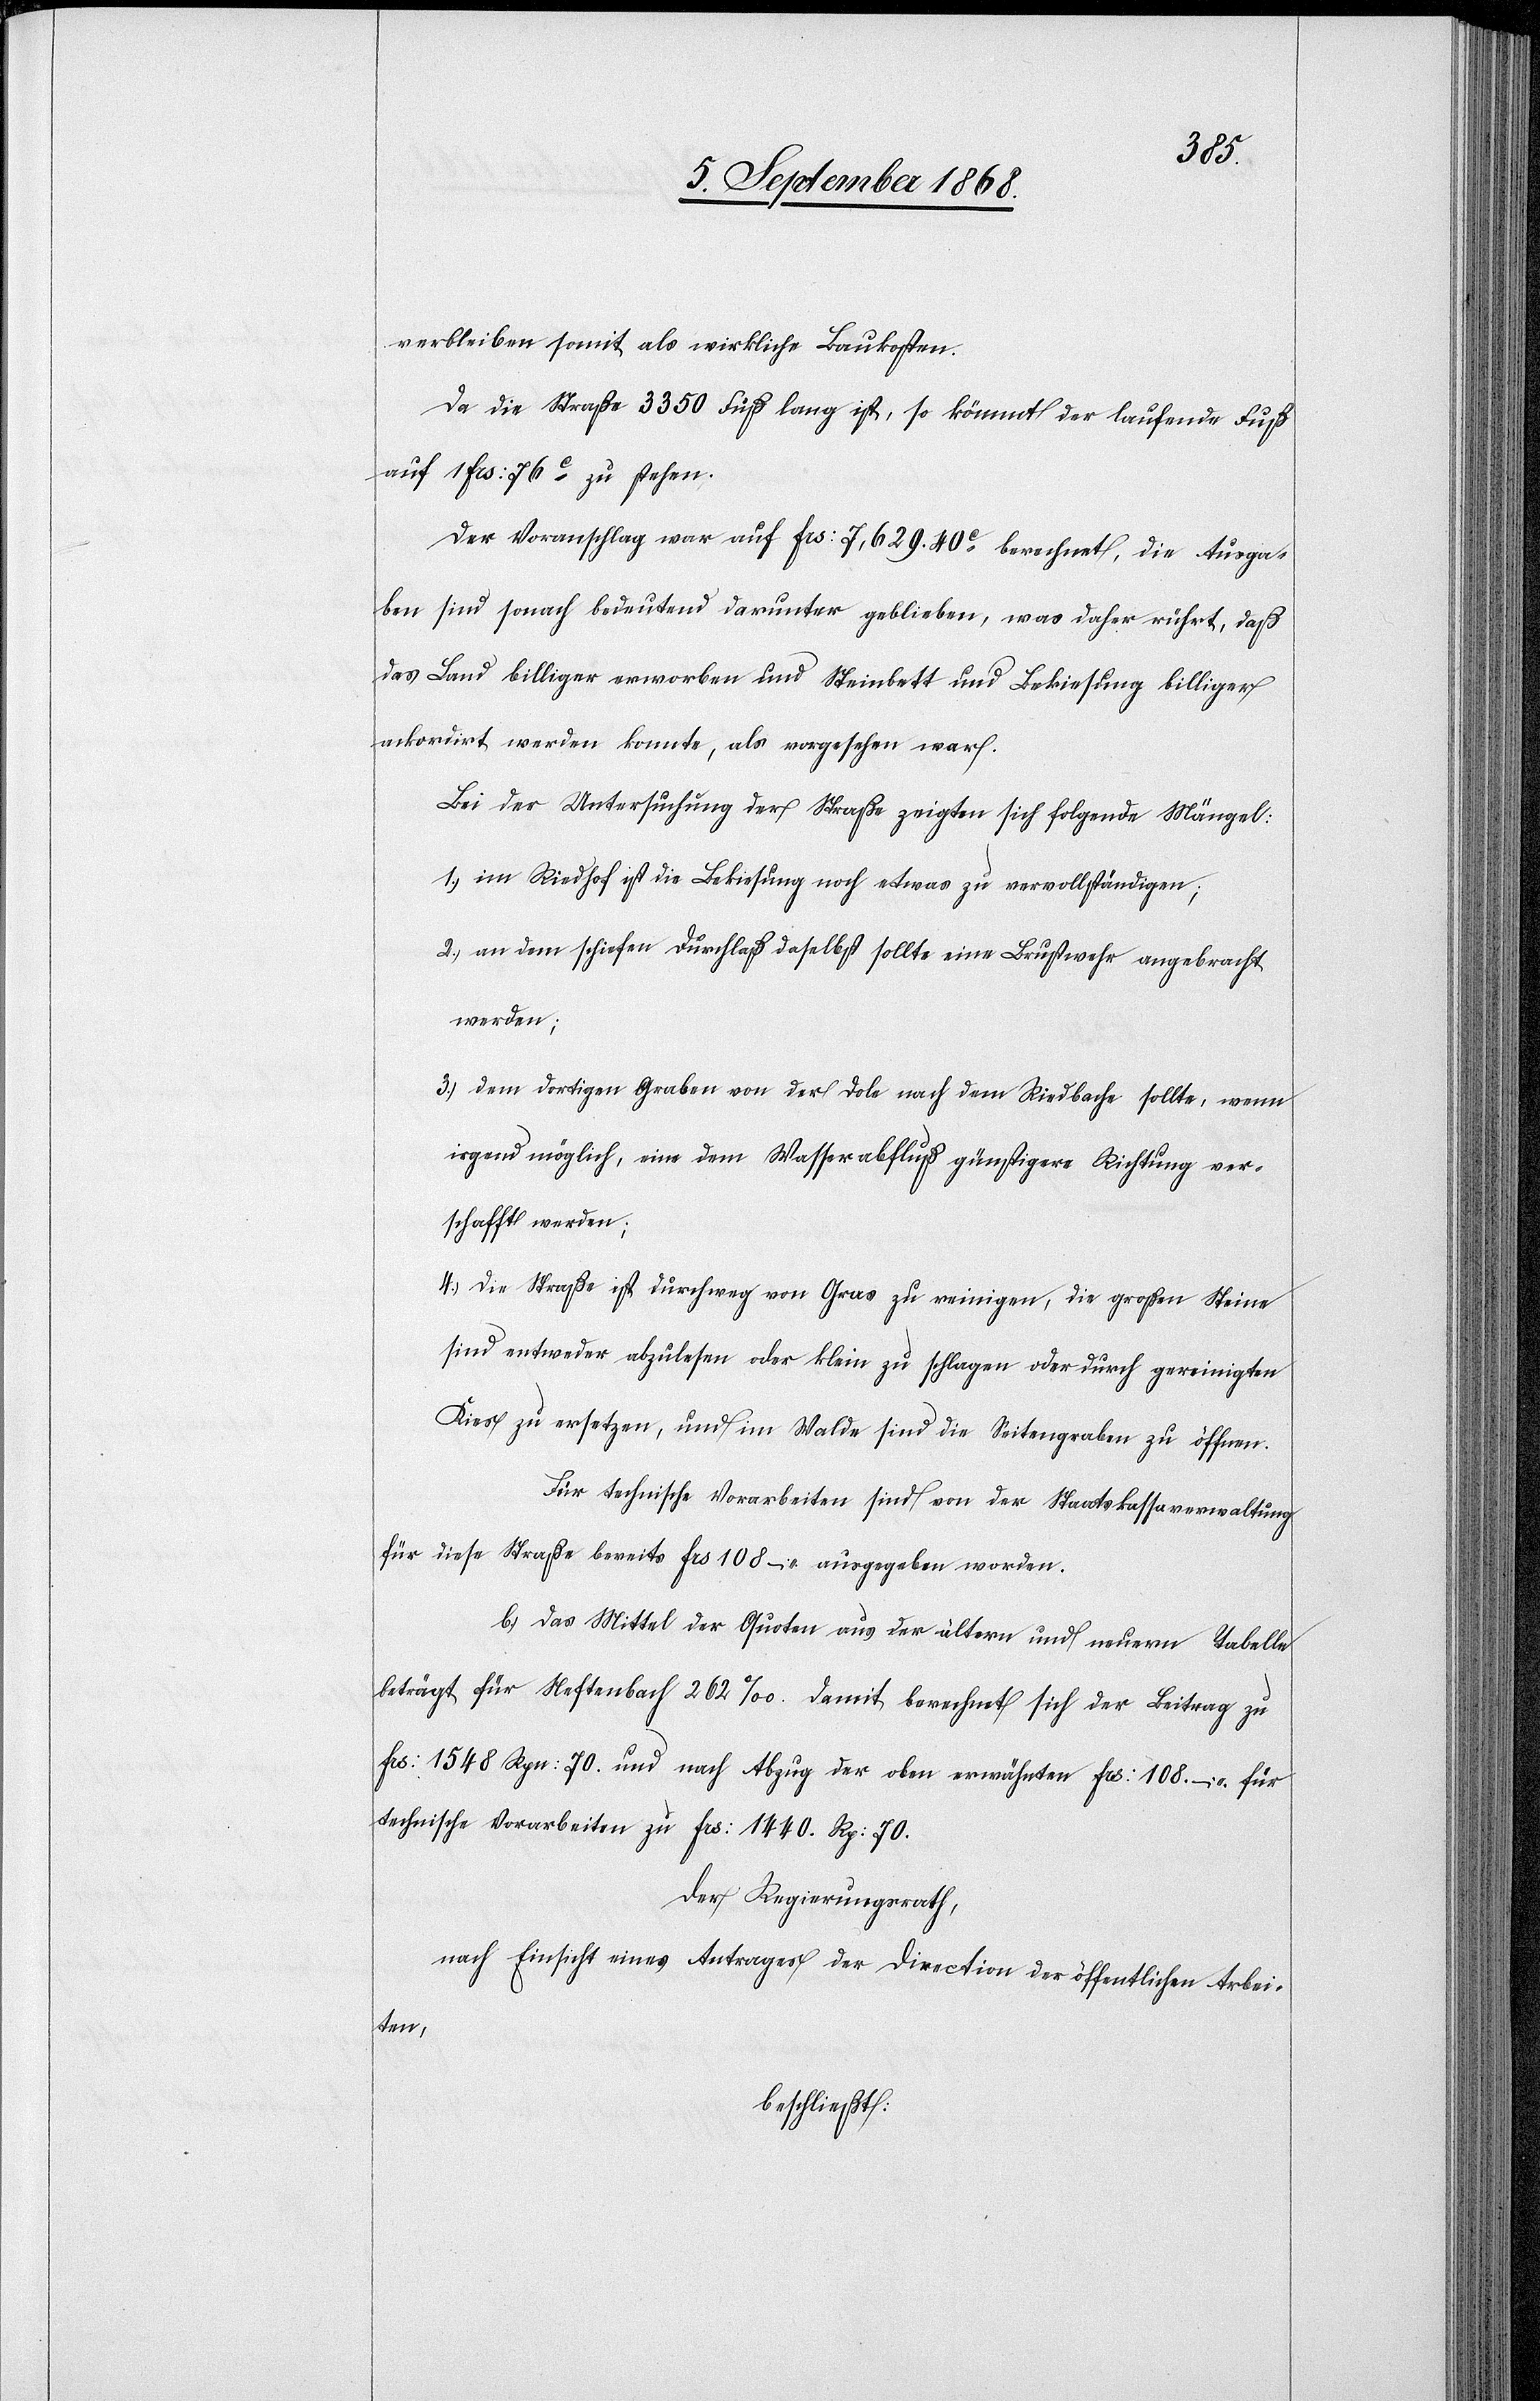
verbleiben somit als wirkliche Baukosten.
Da die Straße 3350 Fuß lang ist, so kömmt der laufende Fuß
auf 1 Frs: 76C zu stehen.
Der Voranschlag war auf Frs: 7,629. 40C berechnet, die Ausga¬
ben sind sonach bedeutend darunter geblieben, was daher rührt, daß
das Land billiger erworben und Steinbett und Bekiesung billiger
ackordirt werden konnte, als vorgesehen war.
Bei der Untersuchung der Straße zeigten sich folgende Mängel:
im Riedhof ist die Bekiesung noch etwas zu vervollständigen;
an dem schiefen Durchlaß daselbst sollte eine Brustwehr angebracht
werden;
dem dortigen Graben von der Dole nach dem Riedbache sollte, wenn
irgend möglich, eine dem Wasserabfluß günstigere Richtung ver¬
schafft werden;
die Straße ist durchweg von Gras zu reinigen, die großen Steine
sind entweder abzulesen oder klein zu schlagen oder durch gereinigten
Kies zu ersetzen, und im Walde sind die Seitengraben zu öffnen.
Für technische Vorarbeiten sind von der Staatskassaverwaltung
für diese Straße bereits Frs 108 – ausgegeben worden.
b.) Das Mittel der Quoten aus der ältern und neuern Tabelle
beträgt für Neftenbach 262‰. Damit berechnet sich der Beitrag zu
Frs: 1548 Rpn: 70. und nach Abzug der oben erwähnten Frs: 108. – für
technische Vorarbeiten zu Frs: 1440. Rp: 70.
Der Regierungsrath,
nach Einsicht eines Antrages der Direction der öffentlichen Arbei¬
ten,
beschließt: